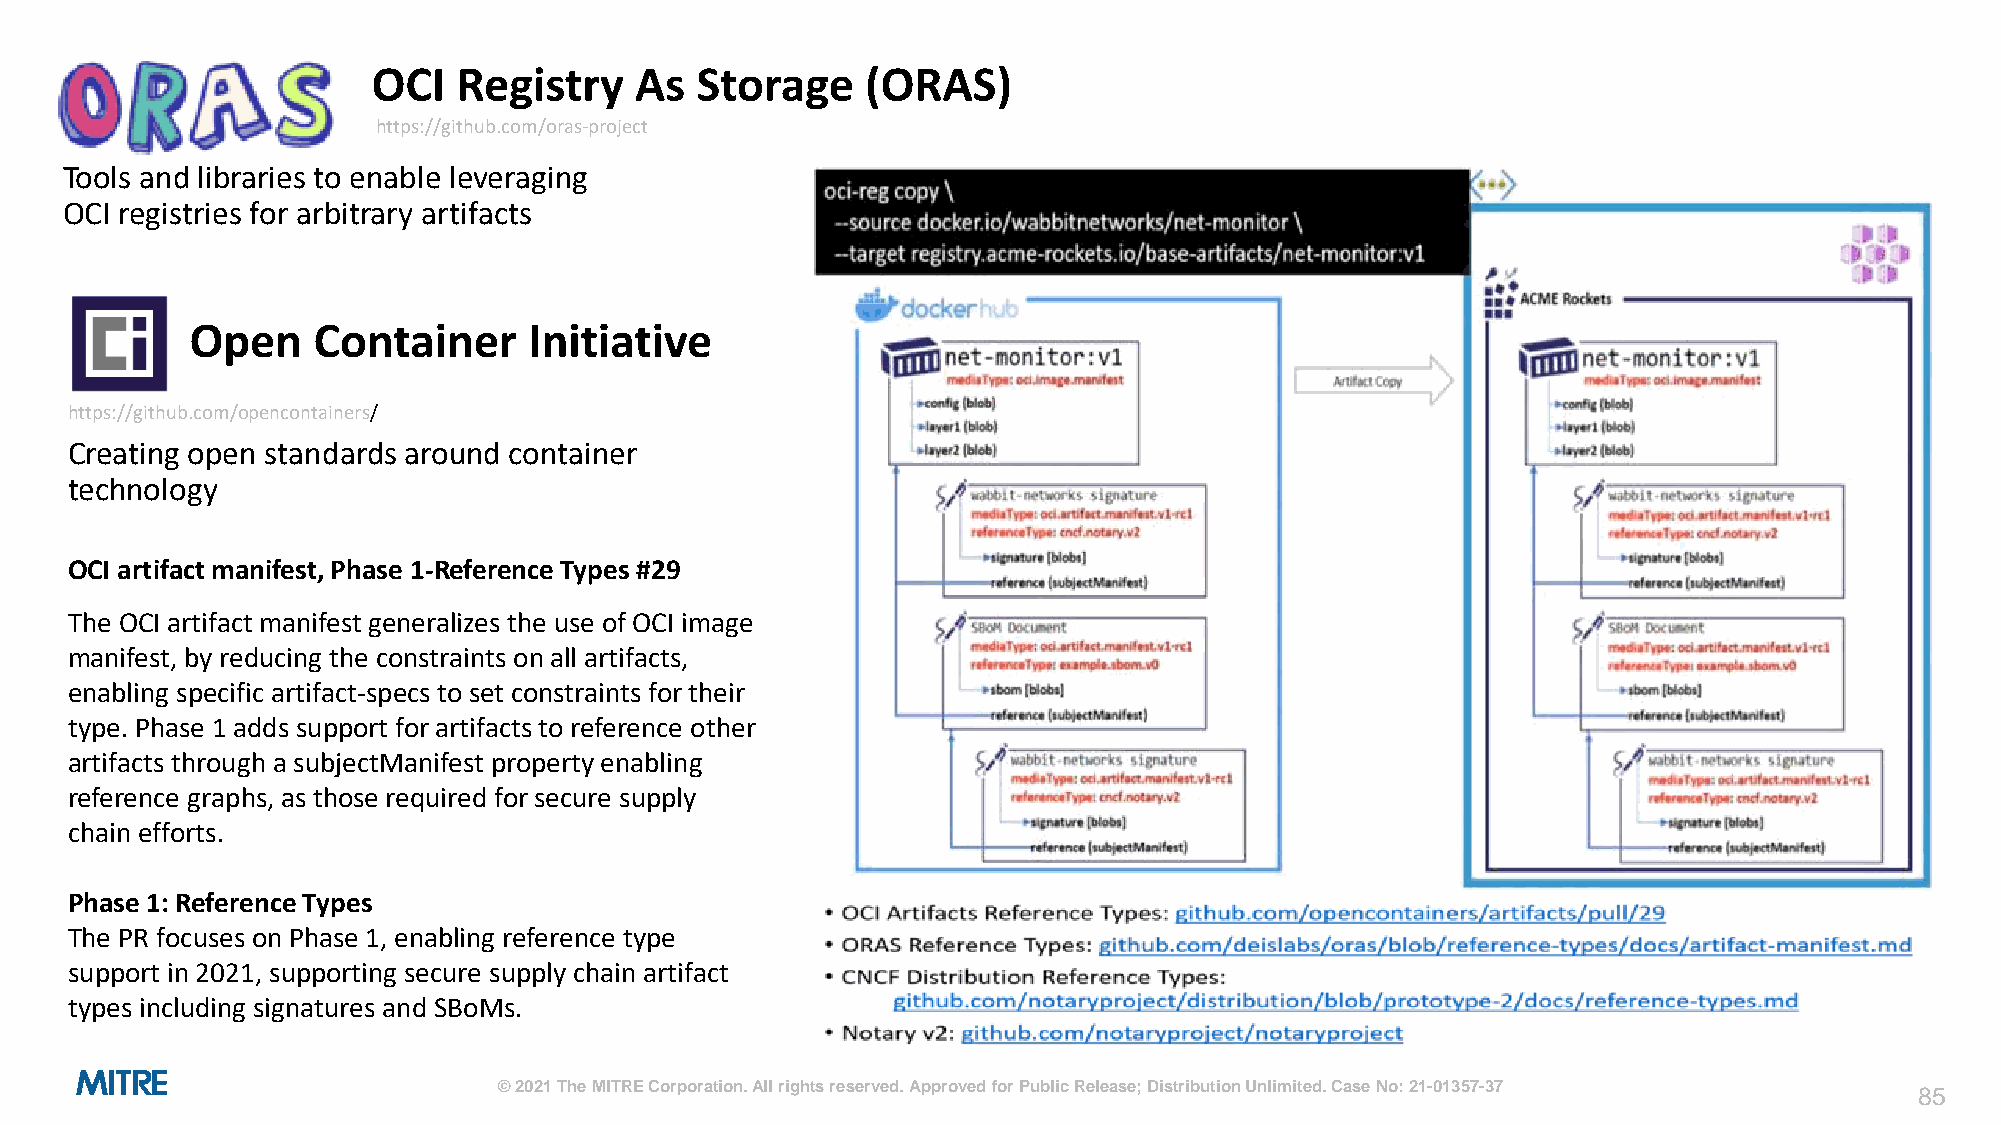
OCI  Registry    As  Storage    (ORAS)
 https://github.com/oras-project
 Tools and libraries to enable leveraging
 OCI registries for arbitrary artifacts
 Open    Container     Initiative
 https://github.com/opencontainers/
 Creating open standards around container
 technology
 OCI artifact manifest, Phase 1-Reference Types #29
 The OCI artifact manifest generalizes the use of OCI image
 manifest, by reducing the constraints on all artifacts,
 enabling specific artifact-specs to set constraints for their
 type. Phase 1 adds support for artifacts to reference other
 artifacts through a subjectManifest property enabling
 reference graphs, as those required for secure supply
 chain efforts.
 Phase 1: Reference Types
 The PR focuses on Phase 1, enabling reference type
 support in 2021, supporting secure supply chain artifact
 types including signatures and SBoMs.
 © 2021 The MITRE Corporation. All rights reserved. Approved for Public Release; Distribution Unlimited. Case No: 21-01357-37
 85